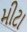
મીટા